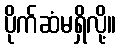
ပိုက်ဆံမရှိလို့။